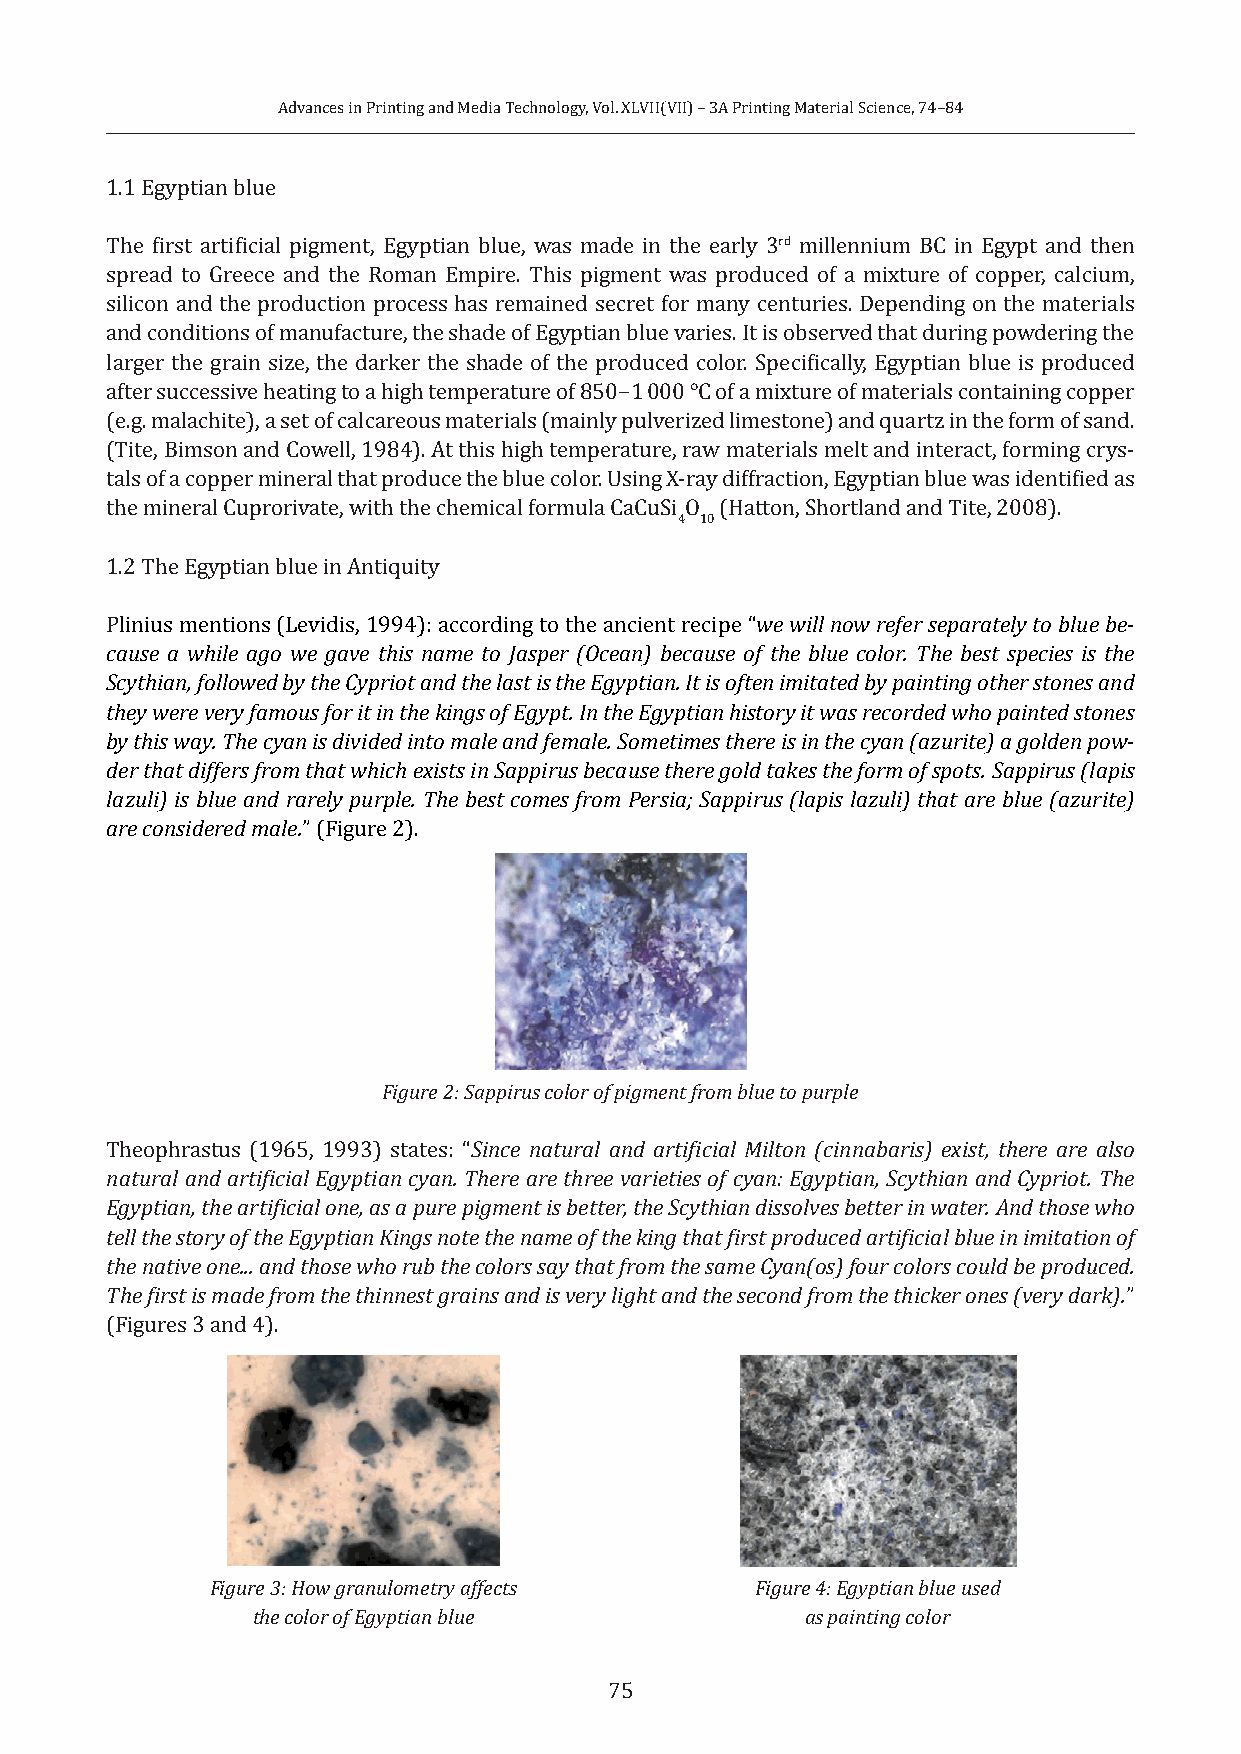
Advances in Printing and Media Technology, Vol. XLVII(VII) – 3A Printing Material Science, 74–84
 1.1 Egyptian blue
 The first artificial pigment, Egyptian blue, was made in the early 3rd millennium BC in Egypt and then
 spread to Greece and the Roman Empire. This pigment was produced of a mixture of copper, calcium,
 silicon and the production process has remained secret for many centuries. Depending on the materials
 and conditions of manufacture, the shade of Egyptian blue varies. It is observed that during powdering the
 larger the grain size, the darker the shade of the produced color. Specifically, Egyptian blue is produced
 after successive heating to a high temperature of 850−1 000 °C of a mixture of materials containing copper
 (e.g. malachite), a set of calcareous materials (mainly pulverized limestone) and quartz in the form of sand.
 (Tite, Bimson and Cowell, 1984). At this high temperature, raw materials melt and interact, forming crys-
 tals of a copper mineral that produce the blue color. Using X-ray diffraction, Egyptian blue was identified as
 the mineral Cuprorivate, with the chemical formula CaCuSi O (Hatton, Shortland and Tite, 2008).
 4 10
 1.2 The Egyptian blue in Antiquity
 Plinius mentions (Levidis, 1994): according to the ancient recipe “we will now refer separately to blue be-
 cause a while ago we gave this name to Jasper (Ocean) because of the blue color. The best species is the
 Scythian, followed by the Cypriot and the last is the Egyptian. It is often imitated by painting other stones and
 they were very famous for it in the kings of Egypt. In the Egyptian history it was recorded who painted stones
 by this way. The cyan is divided into male and female. Sometimes there is in the cyan (azurite) a golden pow-
 der that differs from that which exists in Sappirus because there gold takes the form of spots. Sappirus (lapis
 lazuli) is blue and rarely purple. The best comes from Persia; Sappirus (lapis lazuli) that are blue (azurite)
 are considered male.” (Figure 2).
 Figure 2: Sappirus color of pigment from blue to purple
 Theophrastus (1965, 1993) states: “Since natural and artificial Milton (cinnabaris) exist, there are also
 natural and artificial Egyptian cyan. There are three varieties of cyan: Egyptian, Scythian and Cypriot. The
 Egyptian, the artificial one, as a pure pigment is better, the Scythian dissolves better in water. And those who
 tell the story of the Egyptian Kings note the name of the king that first produced artificial blue in imitation of
 the native one... and those who rub the colors say that from the same Cyan(os) four colors could be produced.
 The first is made from the thinnest grains and is very light and the second from the thicker ones (very dark).”
 (Figures 3 and 4).
 Figure 3: How granulometry affects  Figure 4: Egyptian blue used
 the color of Egyptian blue          as painting color
 75